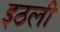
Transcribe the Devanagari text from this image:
इठली